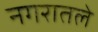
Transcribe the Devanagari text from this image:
नगरातले